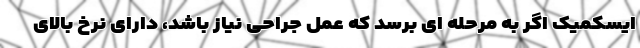
ایسکمیک اگر به مرحله ای برسد که عمل جراحی نیاز باشد، دارای نرخ بالای